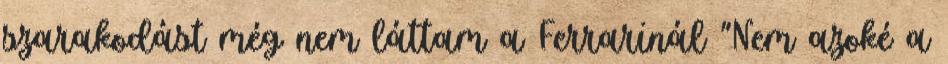
szarakodást még nem láttam a Ferrarinál "Nem azoké a